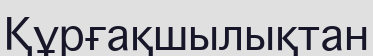
Құрғақшылықтан